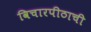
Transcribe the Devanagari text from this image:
विचारपीठाची